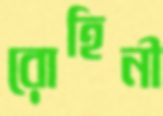
রোহিনী